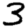
Digit: 3